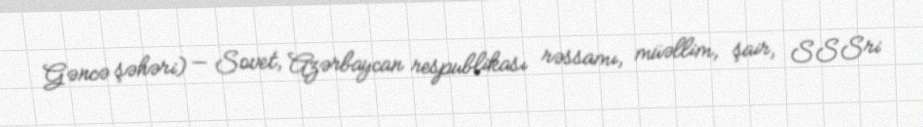
Gəncə şəhəri) — Sovet, Azərbaycan respublikası rəssamı, müəllim, şair, SSSri